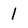
Character: l